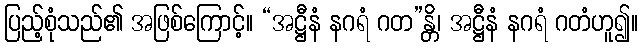
ပြည့်စုံသည်၏ အဖြစ်ကြောင့်။ “အဋ္ဌီနံ နဂရံ ဂတ”န္တိ၊ အဋ္ဌီနံ နဂရံ ဂတံဟူ၍။